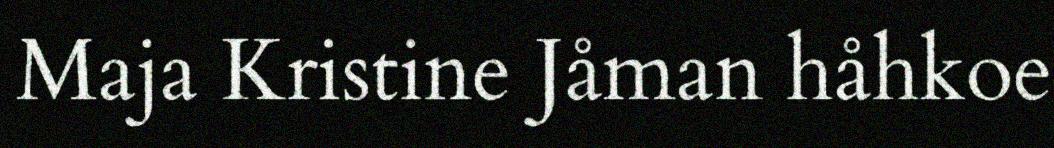
Maja Kristine Jåman håhkoe